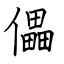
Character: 儡